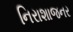
નિરાશાજનર